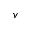
v